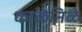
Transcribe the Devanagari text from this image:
काळेनिळे